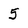
Character: 5